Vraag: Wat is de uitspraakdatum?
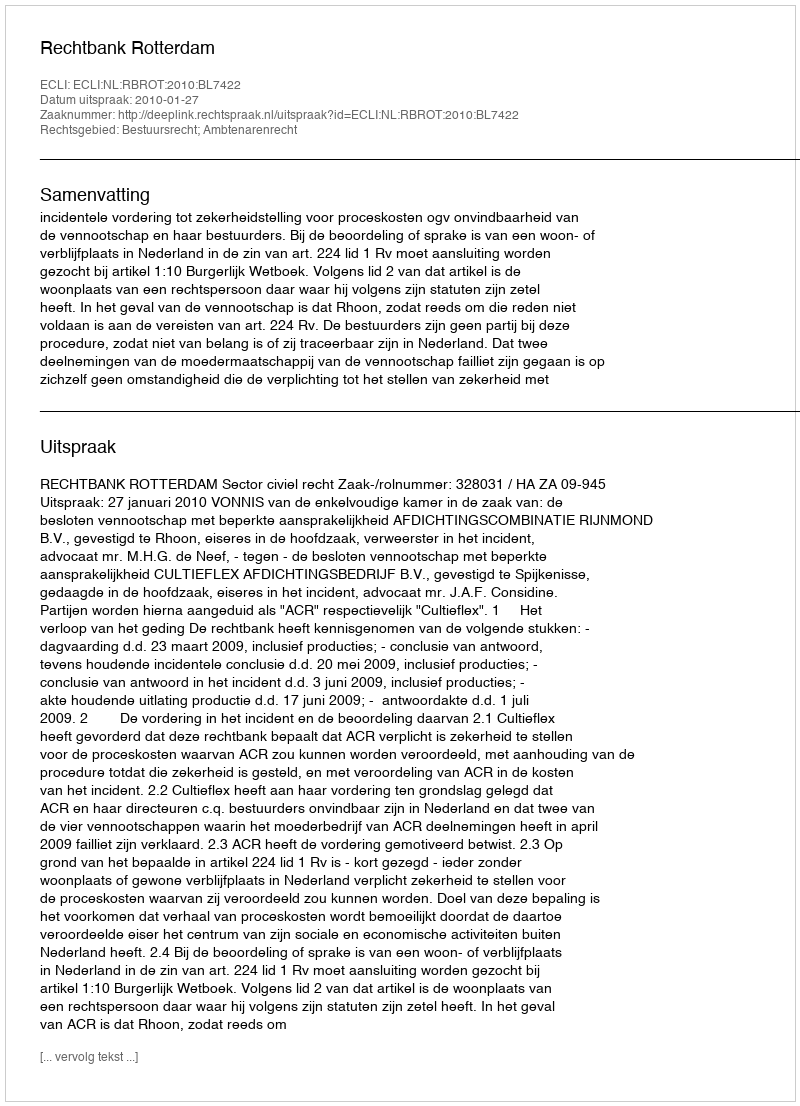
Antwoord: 2010-01-27